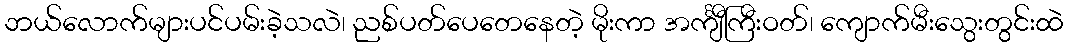
ဘယ်လောက်များပင်ပမ်းခဲ့သလဲ၊ ညစ်ပတ်ပေတေနေတဲ့ မိုးကာ အင်္ကျီကြီးဝတ်၊ ကျောက်မီးသွေးတွင်းထဲ